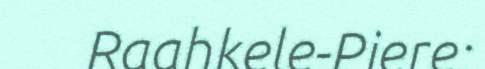
Raahkele-Piere: